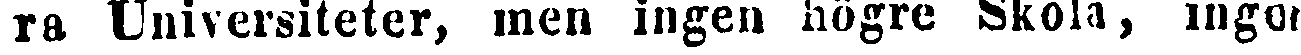
ra Universiteter, men ingen högre Skola, ingen